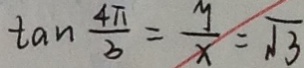
\tan \frac { 4 \pi } { 3 } = \frac { y } { x } = \sqrt { 3 }